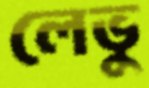
লেভু